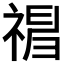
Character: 𥛃